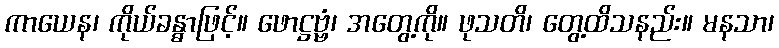
ကာယေန၊ ကိုယ်ခန္ဓာဖြင့်။ ဖောဋ္ဌဗ္ဗံ၊ အတွေ့ကို။ ဖုသတိ၊ တွေ့ထိသနည်း။ မနသာ၊